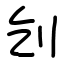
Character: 刉